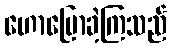
ဟောပြောခဲ့ကြသည်